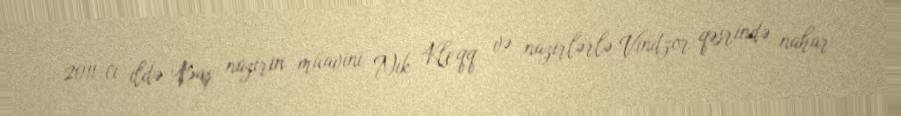
2011-ci ildə Baş nazirin müavini Nik Kleqq və nazirlərlə Vindzor qəsrində nahar